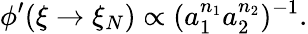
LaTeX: \phi^{\prime}(\xi\rightarrow\xi_{N})\propto(a_{1}^{n_{1}}a_{2}^{n_{2}})^{-1}.